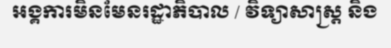
អង្គការមិនមែនរដ្ឋាភិបាល / វិទ្យាសាស្ត្រ និង